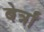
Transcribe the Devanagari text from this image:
बेर्त्रां